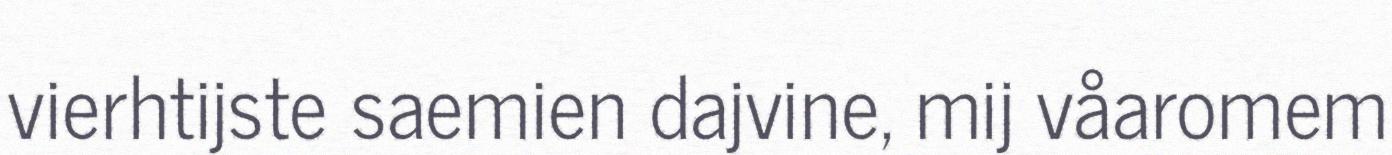
vierhtijste saemien dajvine, mij våaromem